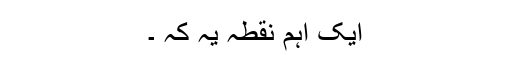
ایک اہم نقطہ یہ کہ ۔